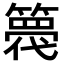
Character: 𮆋